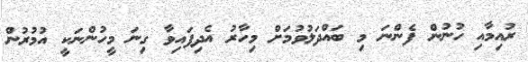
ރުއިމާއި ހުނުން ފެންނަ މި ބައްދަލުވުމަށް މިހާރު އެދިފައިވާ ގިނަ މީހުންނަކީ އުމުރުން